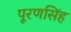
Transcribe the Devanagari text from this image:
पूरणसिंह